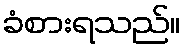
ခံစားရသည်။